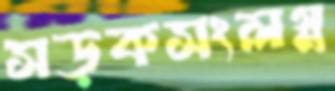
সড়কসংলগ্ন